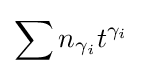
\sum n_{\gamma _{i}}t^{\gamma _{i}}